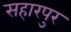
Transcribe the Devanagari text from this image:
सहारपुर